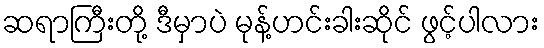
ဆရာကြီးတို့ ဒီမှာပဲ မုန့်ဟင်းခါးဆိုင် ဖွင့်ပါလား